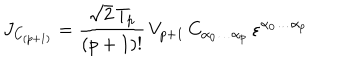
J _ { C _ { ( p + 1 ) } } = \frac { \sqrt { 2 } \, T _ { p } } { ( p + 1 ) ! } \, V _ { p + 1 } \, C _ { \alpha _ { 0 } \ldots \alpha _ { p } } \, \varepsilon ^ { \alpha _ { 0 } \ldots \alpha _ { p } }